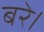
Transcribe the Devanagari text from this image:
बरे।